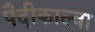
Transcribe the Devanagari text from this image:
पैदीकाल्वा